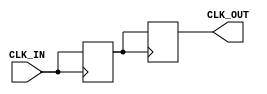
module BasicClockBuffer (
    input wire CLK_IN,      // Input clock signal
    output reg CLK_OUT      // Buffered output clock signal
);

// Parameters for timing characteristics
parameter PROPAGATION_DELAY = 2; // Fixed propagation delay in ns

// Internal signal to hold the buffered clock
reg CLK_BUF;

// Always block to model the clock buffering behavior
always @(posedge CLK_IN) begin
    #PROPAGATION_DELAY CLK_BUF <= CLK_IN; // Introduce propagation delay
end

// Assign the buffered clock to the output
always @(posedge CLK_BUF) begin
    CLK_OUT <= CLK_BUF; // Output the buffered clock
end

endmodule